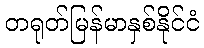
တရုတ်မြန်မာနှစ်နိုင်ငံ